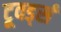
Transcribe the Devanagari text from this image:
टूवर्ड्स